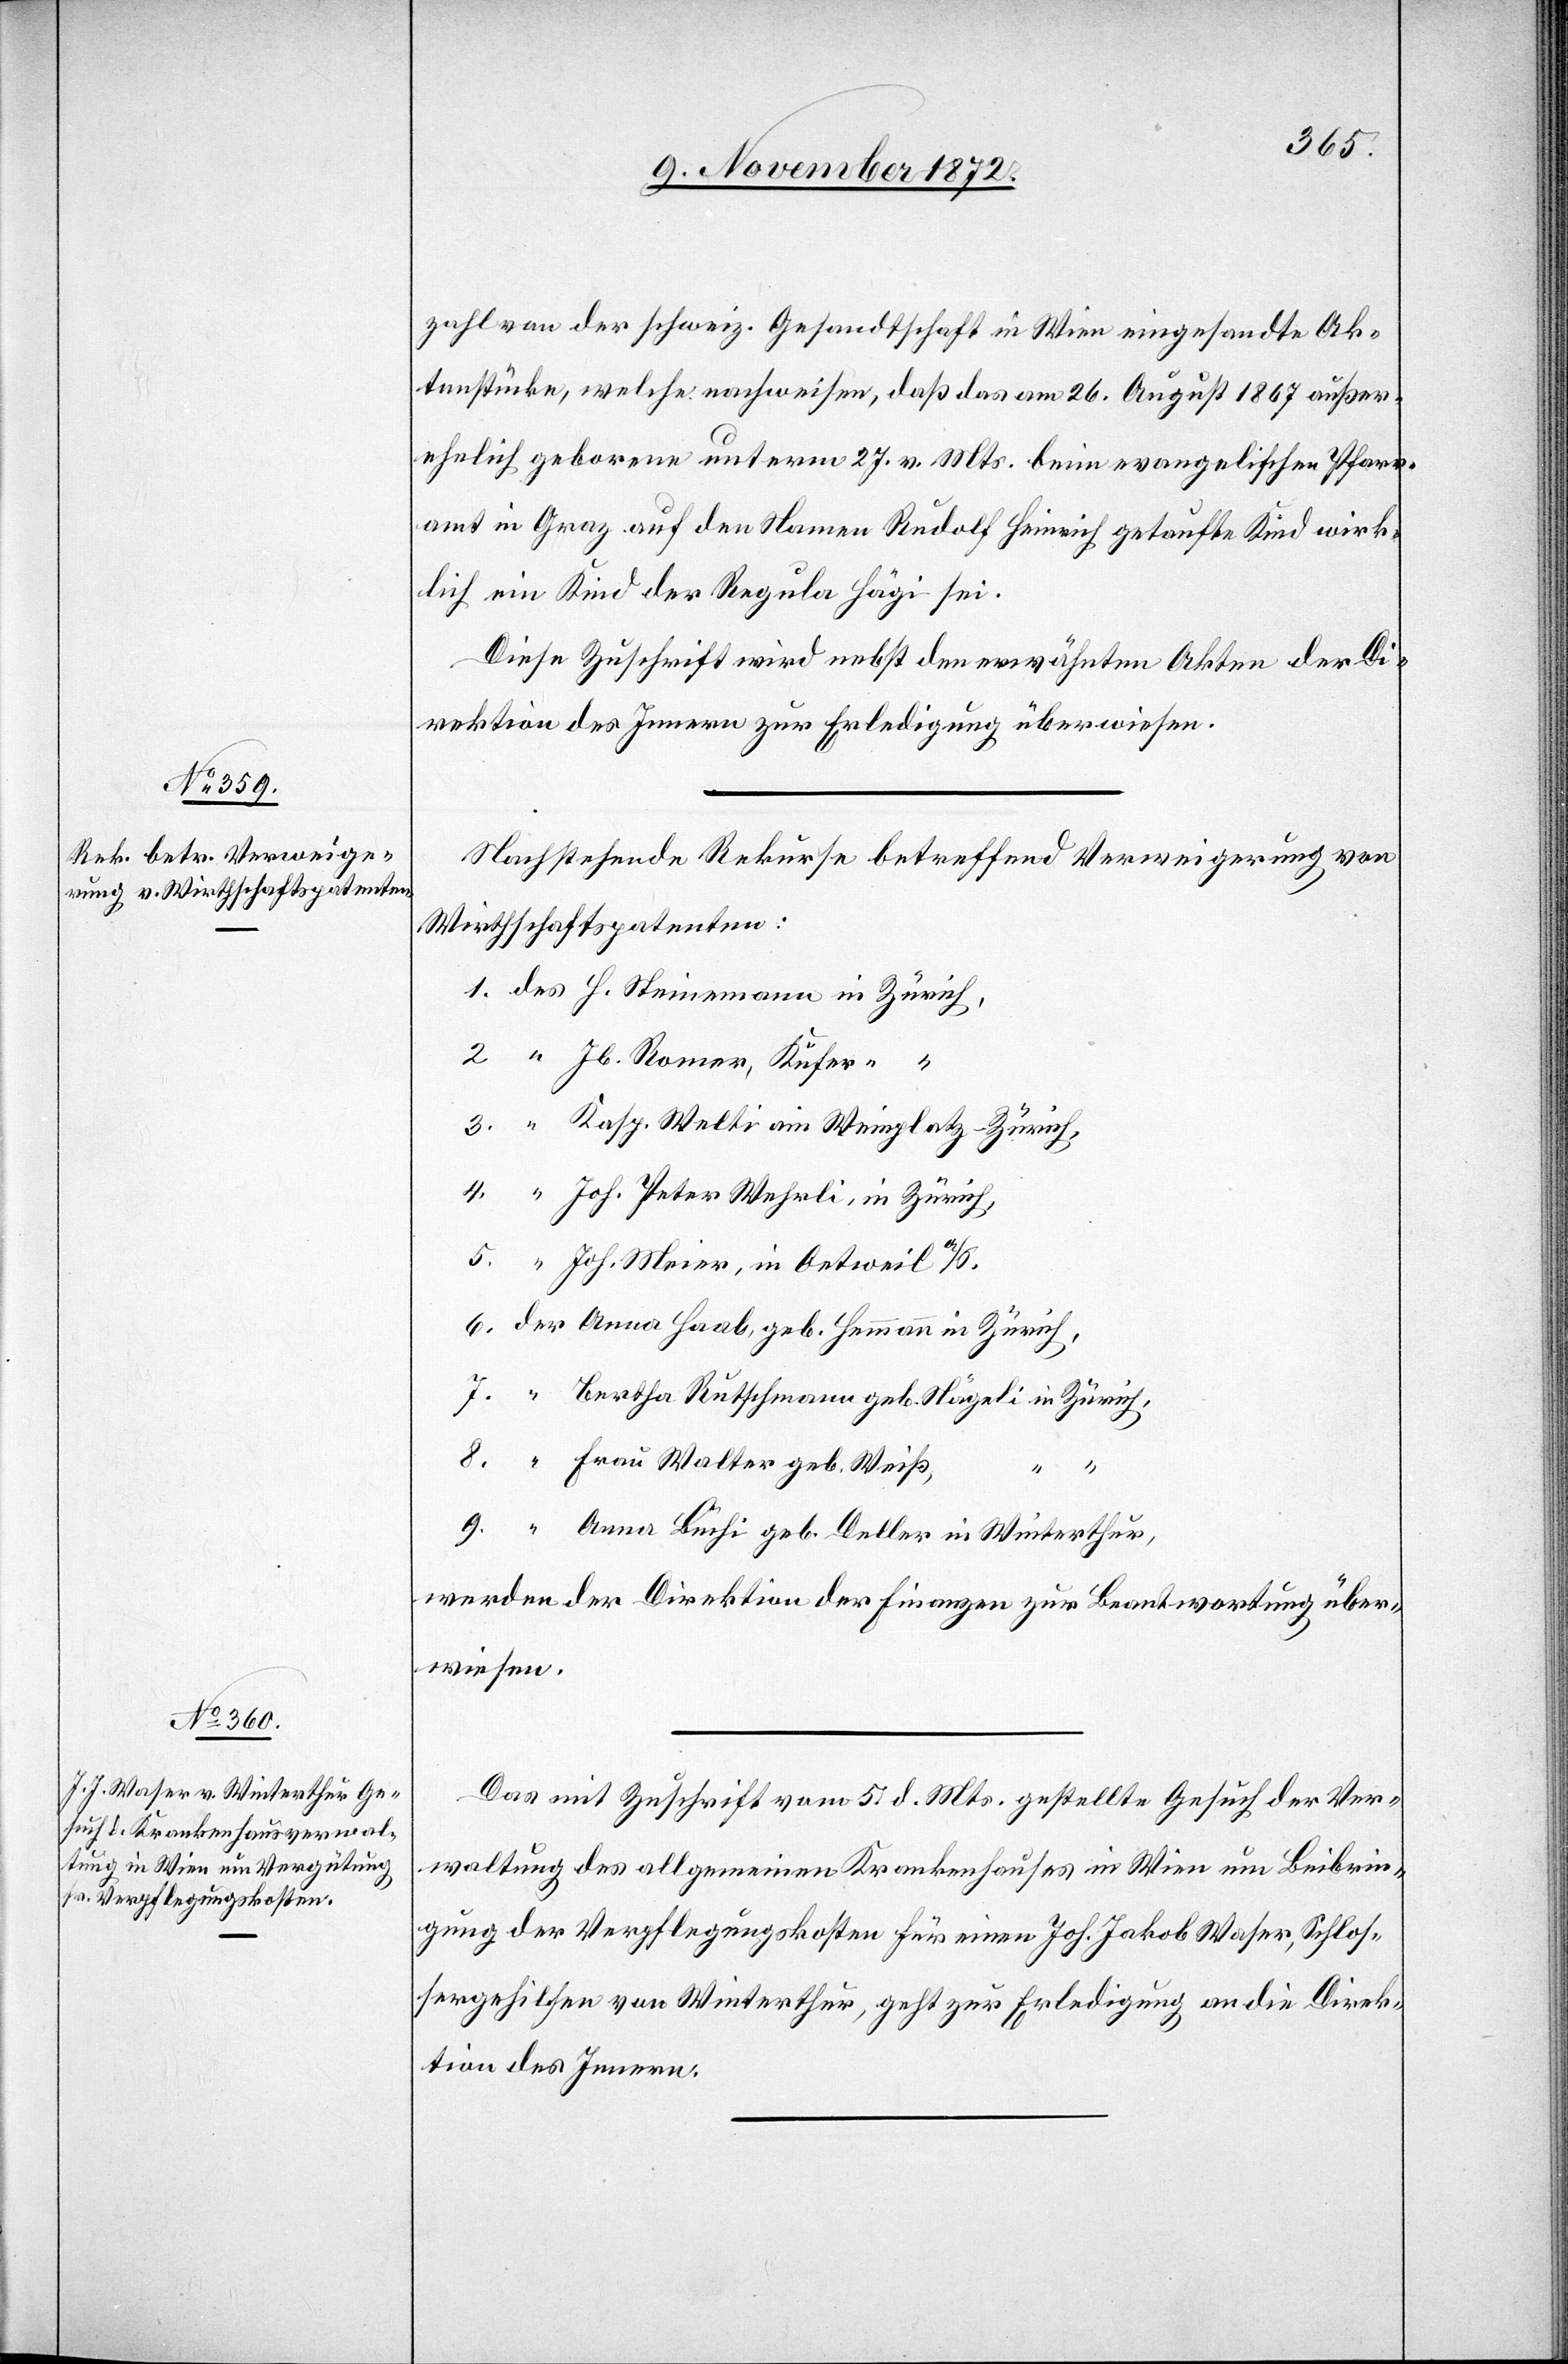
15. November 1872.]
zahl von der schweiz. Gesandtschaft in Wien eingesandte Ak¬
tenstücke, welche nachweisen, daß das am 26. August 1867 außer¬
ehelich geborene unterm 27. v. Mts. beim evangelischen Pfarr¬
amt in Graz auf den Namen Rudolf Heinrich getaufte Kind wirk¬
lich ein Kind der Regula Hägi sei.
Diese Zuschrift wird nebst den erwähnten Akten der Di¬
rektion des Innern zur Erledigung überwiesen.
Nachstehende Rekurse betreffend Verweigerung von
Wirthschaftspatenten:
Jb. Romer, Küfer “
Kasp. Welti am Weinplatz-Zürich,
Joh. Peter Wehrli, in Zürich,
Joh. Meier, in Oetweil a/S.
Bertha Rutschmann geb. Nägeli in Zürich,
Frau Walter geb. Weiß,
9.
Anna Buchi geb. Deller in Winterthur,
werden der Direktion der Finanzen zur Beantwortung über¬
wiesen.
Das mit Zuschrift vom 5. d. Mts. gestellte Gesuch der Ver¬
waltung des allgemeinen Krankenhauses in Wien um Beibrin¬
gung der Verpflegungskosten für einen Joh. Jakob Waser, Schlos¬
sergehilfen von Winterthur, geht zur Erledigung an die Direk¬
tion des Innern.